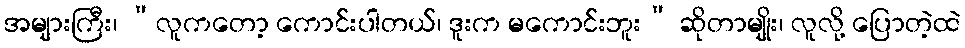
အများကြီး၊ “လူကတော့ ကောင်းပါတယ်၊ ဒူးက မကောင်းဘူး” ဆိုတာမျိုး၊ လူလို့ ပြောတဲ့ထဲ